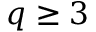
q \ge 3